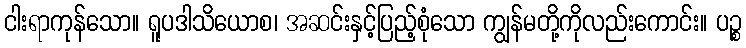
ငါးရာကုန်သော။ ရူပဒါသိယောစ၊ အဆင်းနှင့်ပြည့်စုံသော ကျွန်မတို့ကိုလည်းကောင်း။ ပဉ္စ